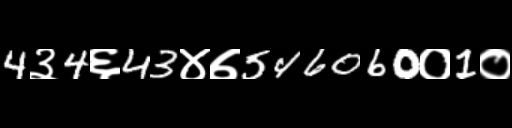
Text: 4३4६43४७546060०1०